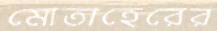
মোতাহেরের